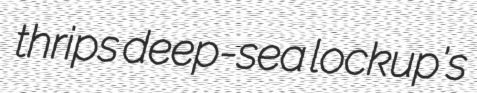
thrips deep-sea lockup's